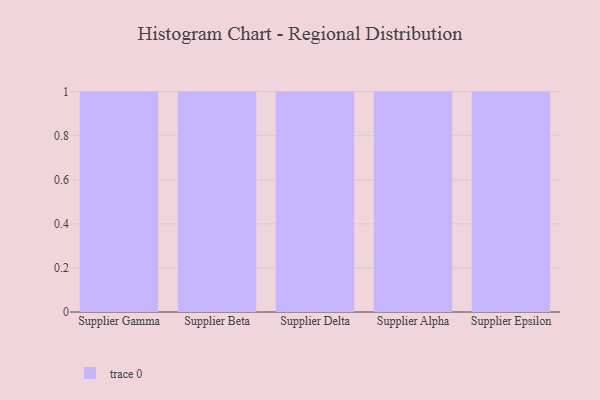
{"axis": {"x": "Supplier", "y": "Energy Usage (MWh)"}, "legend": [""], "data": [{"x": "Supplier Gamma", "y": 26, "type": ""}, {"x": "Supplier Beta", "y": 61, "type": ""}, {"x": "Supplier Delta", "y": 16, "type": ""}, {"x": "Supplier Alpha", "y": 8, "type": ""}, {"x": "Supplier Epsilon", "y": 12, "type": ""}]}